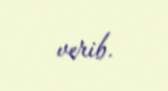
verib.